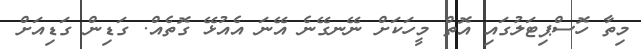
މިތާ ހޮސްޕިޓަލުގައި އޮތް މީހަކަށް ނޭނގޭނެ އޭނަ އެއުޅޭ ގޮތެއް. ގަޑިން ގަޑިއަށް